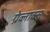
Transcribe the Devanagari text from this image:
ग्रेव्लाक्स